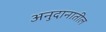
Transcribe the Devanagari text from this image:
अनुदानातील